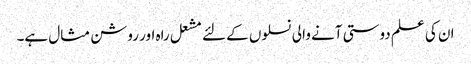
ان کی علم دوستی آنے والی نسلوں کے لئے مشعل راہ اور روشن مثال ہے۔